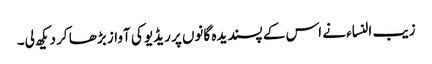
زیب النساء نے اس کے پسندیدہ گانوں پر ریڈیو کی آواز بڑھا کر دیکھ لی۔